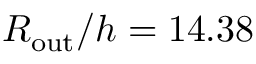
R _ { \mathrm { o u t } } / h = 1 4 . 3 8